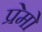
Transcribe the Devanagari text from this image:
प्रेमो